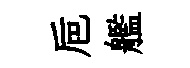
巵艦